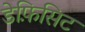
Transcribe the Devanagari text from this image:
डेफ़िसिट